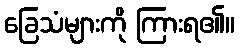
ခြေသံများကို ကြားရ၏။